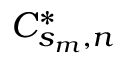
C _ { s _ { m } , n } ^ { * }